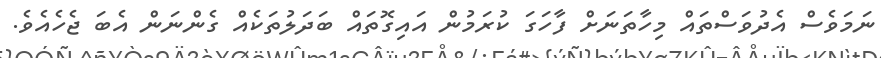
ނަމަވެސް އެދުވަސްތައް މިހާތަނަށް ފާހަގަ ކުރަމުން އައިގޮތައް ބަދަލުތަކެއް ގެންނަން އެބަ ޖެހެއެވެ.